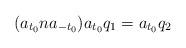
LaTeX: \begin{align*}(a_{t_0} na_{-t_0})a_{t_0}q_1=a_{t_0}q_2\end{align*}